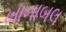
ખાનાબલ